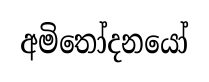
අමිතෝදනයෝ